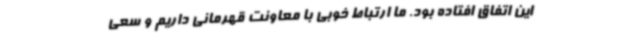
این اتفاق افتاده بود. ما ارتباط خوبی با معاونت قهرمانی داریم و سعی